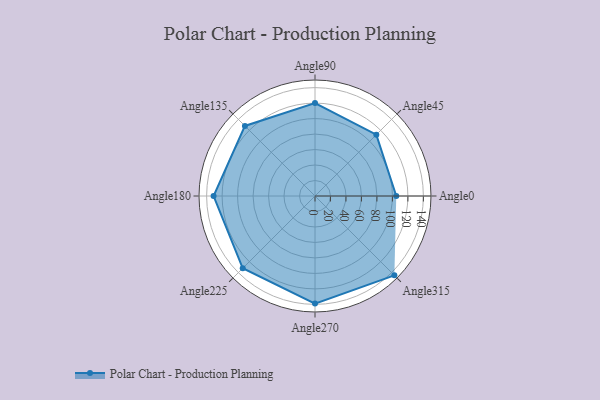
{"axis": {"x": "Angle", "y": "Radius"}, "legend": [""], "data": [{"x": "Angle0", "y": 105.0, "type": ""}, {"x": "Angle45", "y": 112.0, "type": ""}, {"x": "Angle90", "y": 120.0, "type": ""}, {"x": "Angle135", "y": 128.0, "type": ""}, {"x": "Angle180", "y": 131.0, "type": ""}, {"x": "Angle225", "y": 132.0, "type": ""}, {"x": "Angle270", "y": 139.0, "type": ""}, {"x": "Angle315", "y": 145.0, "type": ""}]}